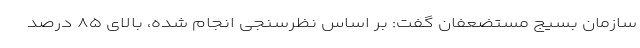
سازمان بسیج مستضعفان گفت: بر اساس نظرسنجی انجام شده، بالای ۸۵ درصد